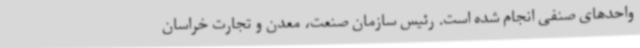
واحدهای صنفی انجام شده است. رئیس سازمان صنعت، معدن و تجارت خراسان